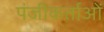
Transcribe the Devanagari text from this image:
पंजीकर्ताओं